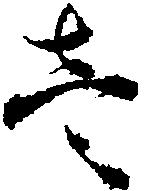
壱